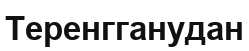
Теренгганудан